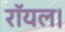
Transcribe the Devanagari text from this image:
रॉयल।